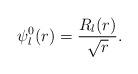
LaTeX: \begin{align*}\psi^0_l(r) = \frac{R_l(r)}{\sqrt{r}}.\end{align*}